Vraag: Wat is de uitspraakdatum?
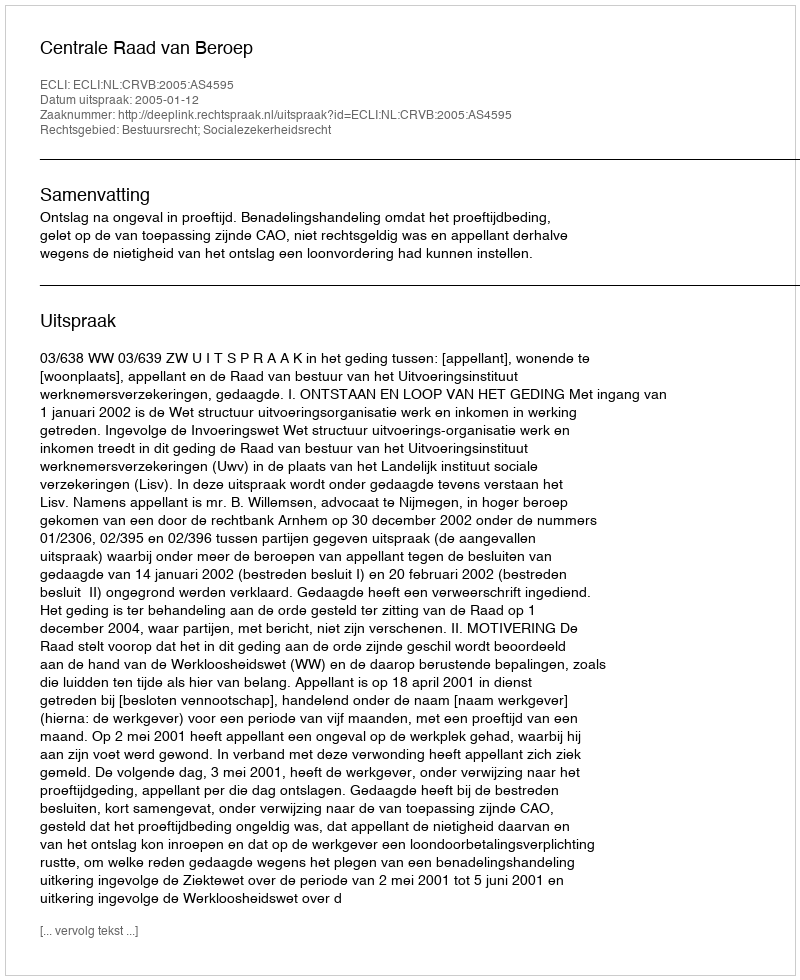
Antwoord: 2005-01-12